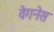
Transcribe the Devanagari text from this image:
वेगनेस